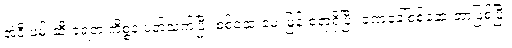
အဲ့ဒီ ဖမ်းဆီးခံရတဲ့ ကိစ္စနဲ့ ပတ်သက်ပြီး စစ်ဆေးမေးမြန်းစရာရှိပြီး ခဏခေါ်စစ်ဆေးတာဖြစ်ပြီး